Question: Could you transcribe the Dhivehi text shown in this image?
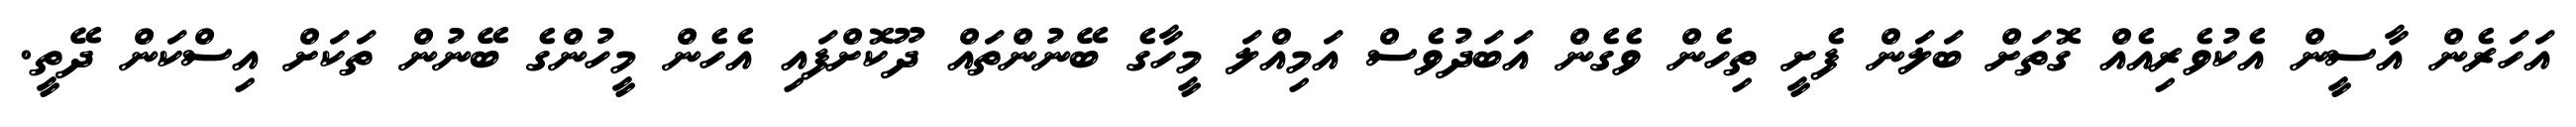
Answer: އަހަރެން އާސީން އެކުވެރިއެއް ގޮތަށް ބަލަން ފެށީ ތިހެން ވެގެން އަބަދުވެސް އަމިއްލަ މީހާގެ ބޭނުންތައް ދޫކޮށްފައި އެހެން މީހުންގެ ބޭނުން ތަކަށް އިސްކަން ދޭތީ.